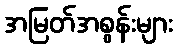
အမြတ်အစွန်းများ